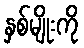
နှစ်မျိုးကို